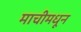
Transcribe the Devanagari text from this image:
माचीमधून